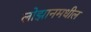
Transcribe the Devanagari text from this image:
लोझानमधील